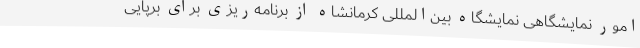
امور نمایشگاهی نمایشگاه بین‌المللی کرمانشاه از برنامه‌ریزی برای برپایی